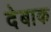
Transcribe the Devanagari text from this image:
देबाक